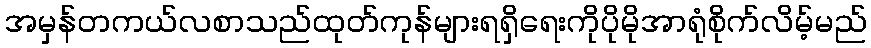
အမှန်တကယ်လစာသည်ထုတ်ကုန်များရရှိရေးကိုပိုမိုအာရုံစိုက်လိမ့်မည်